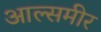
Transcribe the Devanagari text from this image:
आल्समीर